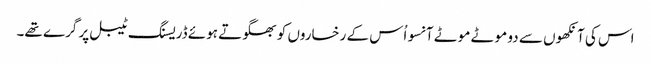
اس کی آنکھوں سے دو موٹے موٹے آنسو اُس کے رخساروں کو بھگوتے ہوئے ڈریسنگ ٹیبل پر گرے تھے۔